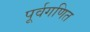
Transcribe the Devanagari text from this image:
पूर्वगणित